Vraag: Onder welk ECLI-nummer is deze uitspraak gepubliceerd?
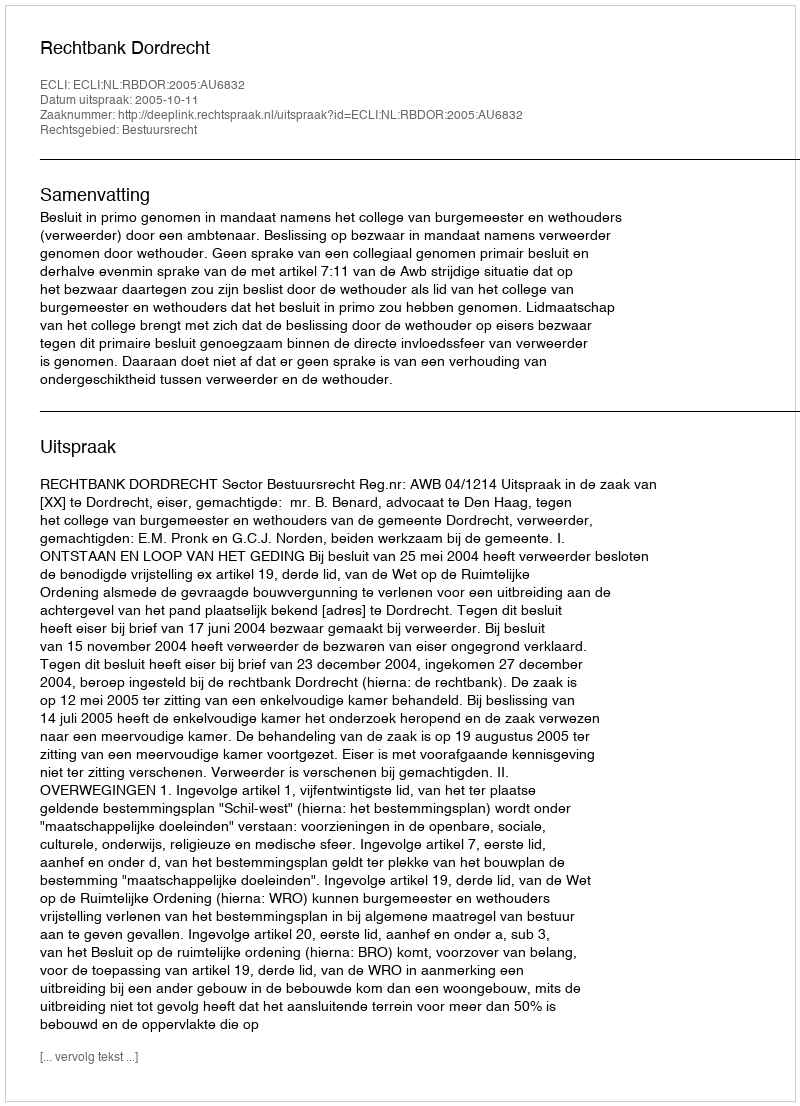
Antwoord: ECLI:NL:RBDOR:2005:AU6832